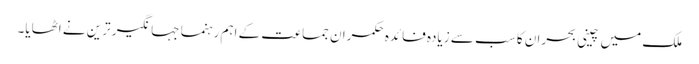
ملک میں چینی بحران کا سب سے زیادہ فائدہ حکمران جماعت کے اہم رہنما جہانگیر ترین نے اٹھایا۔